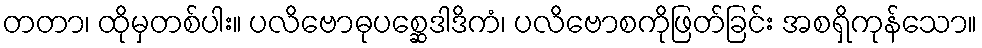
တတာ၊ ထိုမှတစ်ပါး။ ပလိဗောဓုပစ္ဆေဒါဒိကံ၊ ပလိဗောစကိုဖြတ်ခြင်း အစရှိကုန်သော။